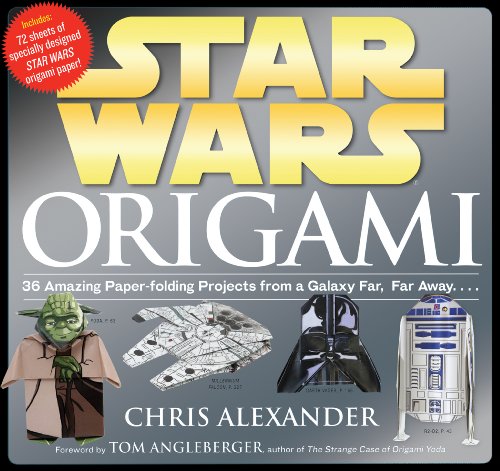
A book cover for Star Wars Origami: 36 Amazing Paper-folding Projects from a Galaxy Far, Far Away....; Crafts, Hobbies & Home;